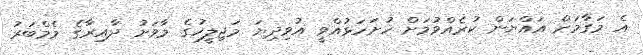
އެ މަގާމަށް އައްޔަން ކުރެއްވުމަށް ހުށަހަޅުއްވީ އުވިދިޔަ މަޖިލީހުގެ މާވަށު ދާއިރާގެ މެމްބަރު